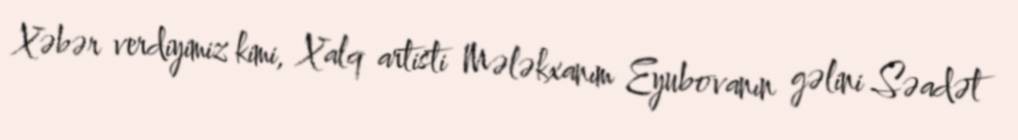
Xəbər verdiyimiz kimi, Xalq artisti Mələkxanım Eyubovanın gəlini Səadət